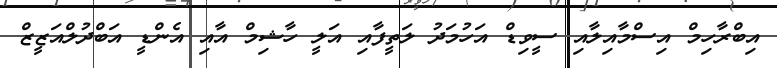
އިބްރާހިމް އިސްމާއިލާއި ސީވިޑް އަހުމަދު ލަތީފާއި އަލީ ހާޝިމް އާއި އެންޑީ އަބްދުލްއަޒީޒް